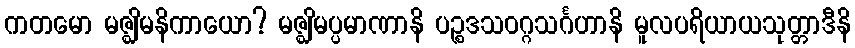
ကတမော မဇ္ဈိမနိကာယော? မဇ္ဈိမပ္ပမာဏာနိ ပဉ္စဒသဝဂ္ဂသင်္ဂဟာနိ မူလပရိယာယသုတ္တာဒီနိ